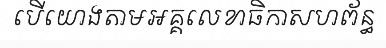
បើយោងតាមអគ្គលេខាធិកាសហព័ន្ធ